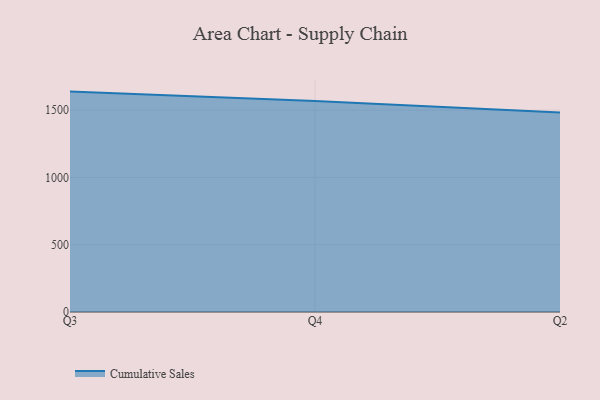
{"axis": {"x": "Quarter", "y": "Population (Million)"}, "legend": ["Cumulative Sales"], "data": [{"x": "Q3", "y": 1637.4, "type": "Cumulative Sales"}, {"x": "Q4", "y": 1568.4, "type": "Cumulative Sales"}, {"x": "Q2", "y": 1482.6, "type": "Cumulative Sales"}]}